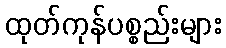
ထုတ်ကုန်ပစ္စည်းများ